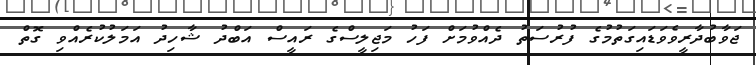
ޖަވާބުދާރީވެވަޑައިގަތުމުގެ ފުރުސަތު ދެއްވުމަށް ފަހު މަޖިލީސްގެ ރައީސް އަބްދު ޝާހިދު އަމަލުކުރެއްވި ގޮތް